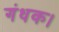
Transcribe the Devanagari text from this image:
गंधक।